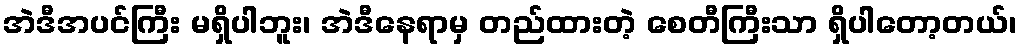
အဲဒီအပင်ကြီး မရှိပါဘူး၊ အဲဒီနေရာမှ တည်ထားတဲ့ စေတီကြီးသာ ရှိပါတော့တယ်၊